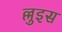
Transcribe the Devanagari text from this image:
ल्लुइस